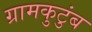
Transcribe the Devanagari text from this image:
ग्रामकुटुंब